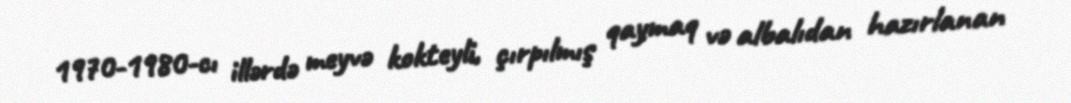
1970-1980-cı illərdə meyvə kokteyli, çırpılmış qaymaq və albalıdan hazırlanan